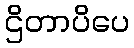
ဌိတာပိပေ